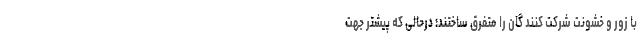
با زور و خشونت‌ شرکت کنند گان را متفرق ساختند؛ درحالی که پیشتر جهت